Report on vaccination North-West Frontier Province 1904-1922 - 1904-1922
Year: 1904
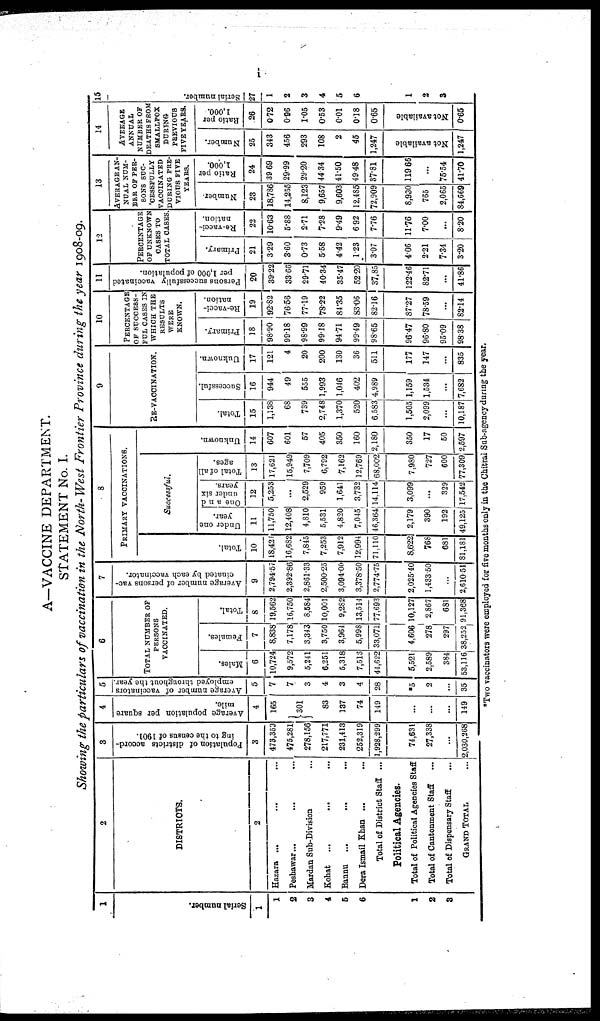
i
A—VACCINE DEPARTMENT.
STATEMENT No. I.
Showing the particulars of vaccination in the North-West Frontier Province during the year 1908-09.
1
Serial number.
1
1
2
3
4
5
6
1
2
3
2
DISTRICTS.
2
Hazara ... ... ...
Peshawar... ... ...
Mardan Sub-Division ...
Kohat
... ... ...
Bannu
... ... ...
Dera Ismail Khan ... ...
Total of District Staff ...
Political Agencies.
Total of Political Agencies Staff
Total of Cantonment Staff ...
Total of Dispensary Staff ...
GRAND TOTAL ...
3
Population of districts accord-
ing to the census of 1901.
3
473,369
475,281
278,156
217,771
231,413
252,319
1,928,299
74,631
27,338
...
2,030,268
4
Average population per square
mile.
4
165
301
83
137
74
149
...
...
...
149
5
Average number of vaccinators
employed throughout the year.
5
7
7
3
4
3
4
28
*5
2
...
35
6
TOTAL NUMBER OF
PERSONS
VACCINATED.
Males.
6
10,724
9,572
5,241
6,251
5,318
7,513
44,622
5,521
2,589
384
53,116
Females.
7
8,838
7,178
3,343
3,750
3,964
5,998
33,071
4,606
278
297
38,252
Total.
8
19,562
16,750
8,684
10,001
9,282
13,514
77,693
10,127
2,867
681
91,368
7
A
verage number of persons vac-
cinated by each vaccinator.
9
2,794.57
2,392.86
2,861.33
2,500.25
3,094.00
3,378.50
2,774.75
2,025.40
1,433.50
...
2,610.51
8
PRIMARY VACCINATIONS.
Total.
10
18,421
16,682
7,845
7,253
7,912
12,994
71,110
8,622
768
681
81,181
Successful.
Under one
year.
11
11,750
12,408
4,810
5,531
4,820
7,045
46,364
2,179
390
192
49,125
One and
under six
years.
12
5,253
...
2,529
959
1,641
3,732
14,114
3,099
...
329
17,542
Total of all
ages.
13
17,621
15,949
7,709
6,792
7,162
12,769
68,002
7,980
727
600
77,309
Unknown.
14
607
601
57
405
350
160
2,180
350
17
50
2,597
9
RE-VACCINATION.
Total.
15
1,138
68
739
2,748
1,370
520
6,583
1,505
2,099
...
10,187
Successful.
16
944
49
555
1,993
1,046
402
4,989
1,159
1,534
...
7,682
Uuknown.
17
121
4
20
200
130
36
511
177
147
...
835
10
PERCENTAGE
OF SUCCESS-
FUL CASES IN
WHICH THE
RESULTS
WERE
KNOWN.
Primary.
18
98.90
99.18
98.99
99.18
94.71
99.49
98.65
96.47
96.80
95.09
98.38
Re-vacci-
nation.
19
92.82
76.56
77.19
78.22
84.35
83.06
82.16
87.27
78.59
...
82.14
11
Persons successfully vaccinated
per 1,000 of population.
20
39.22
33.66
29.71
40.34
35.47
52.20
37,85
122.46
82.71
...
41.86
12
PERCENTAGE
OF UNKNOWN
CASES TO
TOTAL CASES
Primary.
21
3.29
3.60
0.73
5.58
4.42
1.23
3.07
4.06
2.21
7.34
3.20
Re-vacci-
nation.
22
10.63
5.88
2.71
7.28
9.49
6.92
7.76
11.76
7.00
...
8.20
13
AVERAGE AN-
NUAL NUM-
BER OF PER-
SONS SUC¬
CESSFULLY
VACCINATED
DURING PRE-
VIOUS FIVE
YEARS.
Number.
23
18,786
14,255
8,123
9,657
9,603
12,485
72,909
8,930
765
2,065
84,669
Ratio per
1,000.
24
39.69
29.99
29.20
44.34
41.50
49.48
37.81
119.66
...
75.54
41.70
14
AVERAGE
ANNUAL
NUMBER OF
DEATHS FROM
SMALLPOX
DURING
PREVIOUS
FIVE YEARS.
Number.
25
343
456
293
108
2
45
1,247
Not available
1,247
Ratio per
1,000.
26
0.72
0.96
1.05
0.53
0.01
0.18
0.65
Not available
0.65
16
Serial number.
27
1
2
3
4
5
6
1
2
3
*Two vaccinators were employed for five months only in the Chitral Sub-agency during the year.